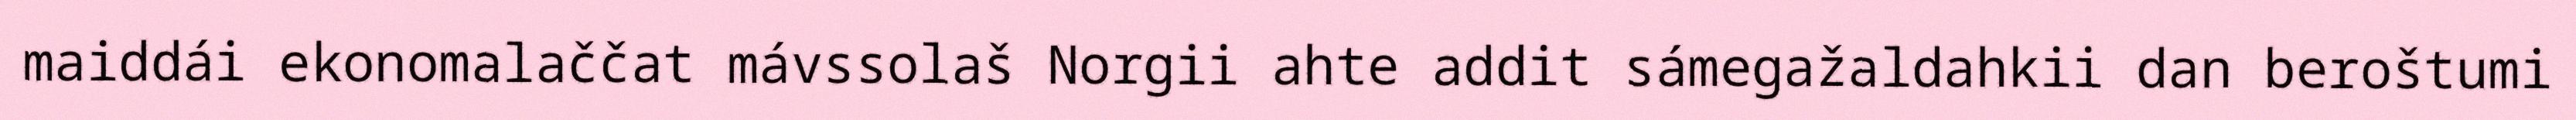
maiddái ekonomalaččat mávssolaš Norgii ahte addit sámegažaldahkii dan beroštumi